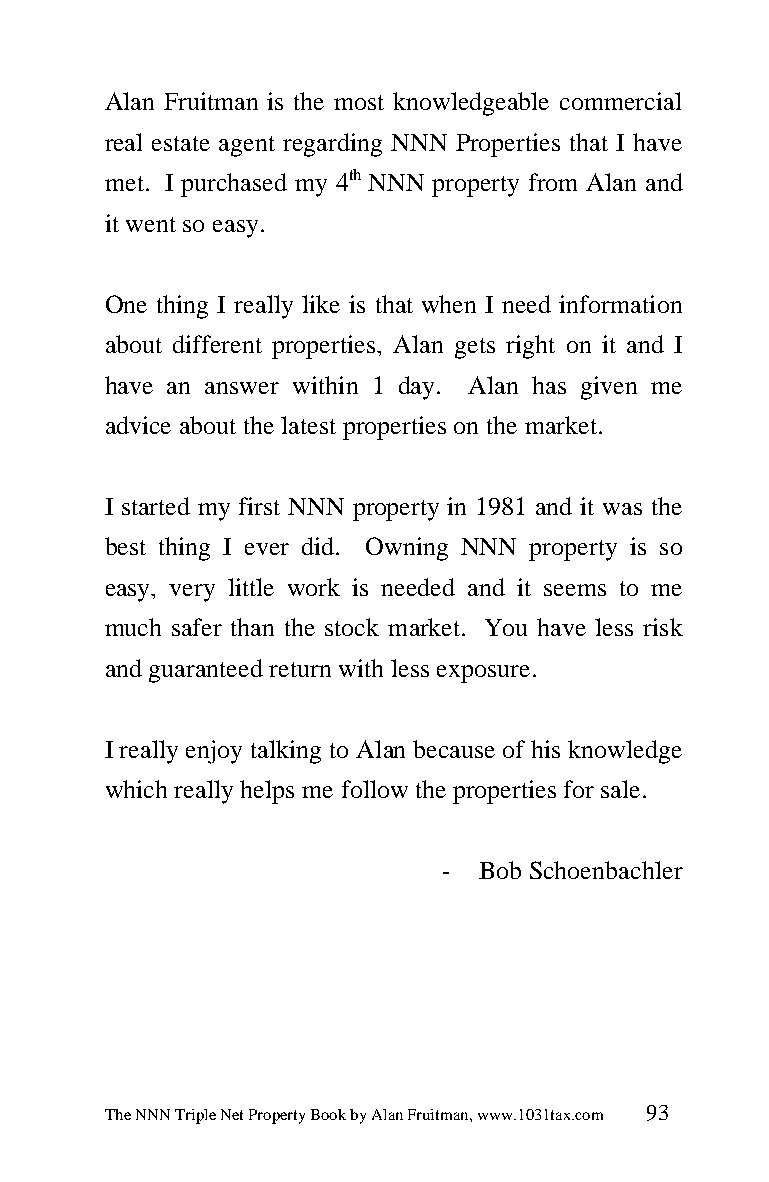
Alan Fruitman is the most knowledgeable commercial
 real estate agent regarding NNN Properties that I have
 met. I purchased my 4th NNN property from Alan and
 it went so easy.
 One thing I really like is that when I need information
 about different properties, Alan gets right on it and I
 have an answer within 1 day. Alan has given me
 advice about the latest properties on the market.
 I started my first NNN property in 1981 and it was the
 best thing I ever did. Owning NNN property is so
 easy, very little work is needed and it seems to me
 much safer than the stock market. You have less risk
 and guaranteed return with less exposure.
 I really enjoy talking to Alan because of his knowledge
 which really helps me follow the properties for sale.
 -  Bob Schoenbachler
 The NNN Triple Net Property Book by Alan Fruitman, www.1031tax.com 93